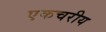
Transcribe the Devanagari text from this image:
एकचरीय